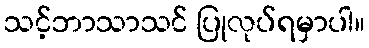
သင့်ဘာသာသင် ပြုလုပ်ရမှာပါ။